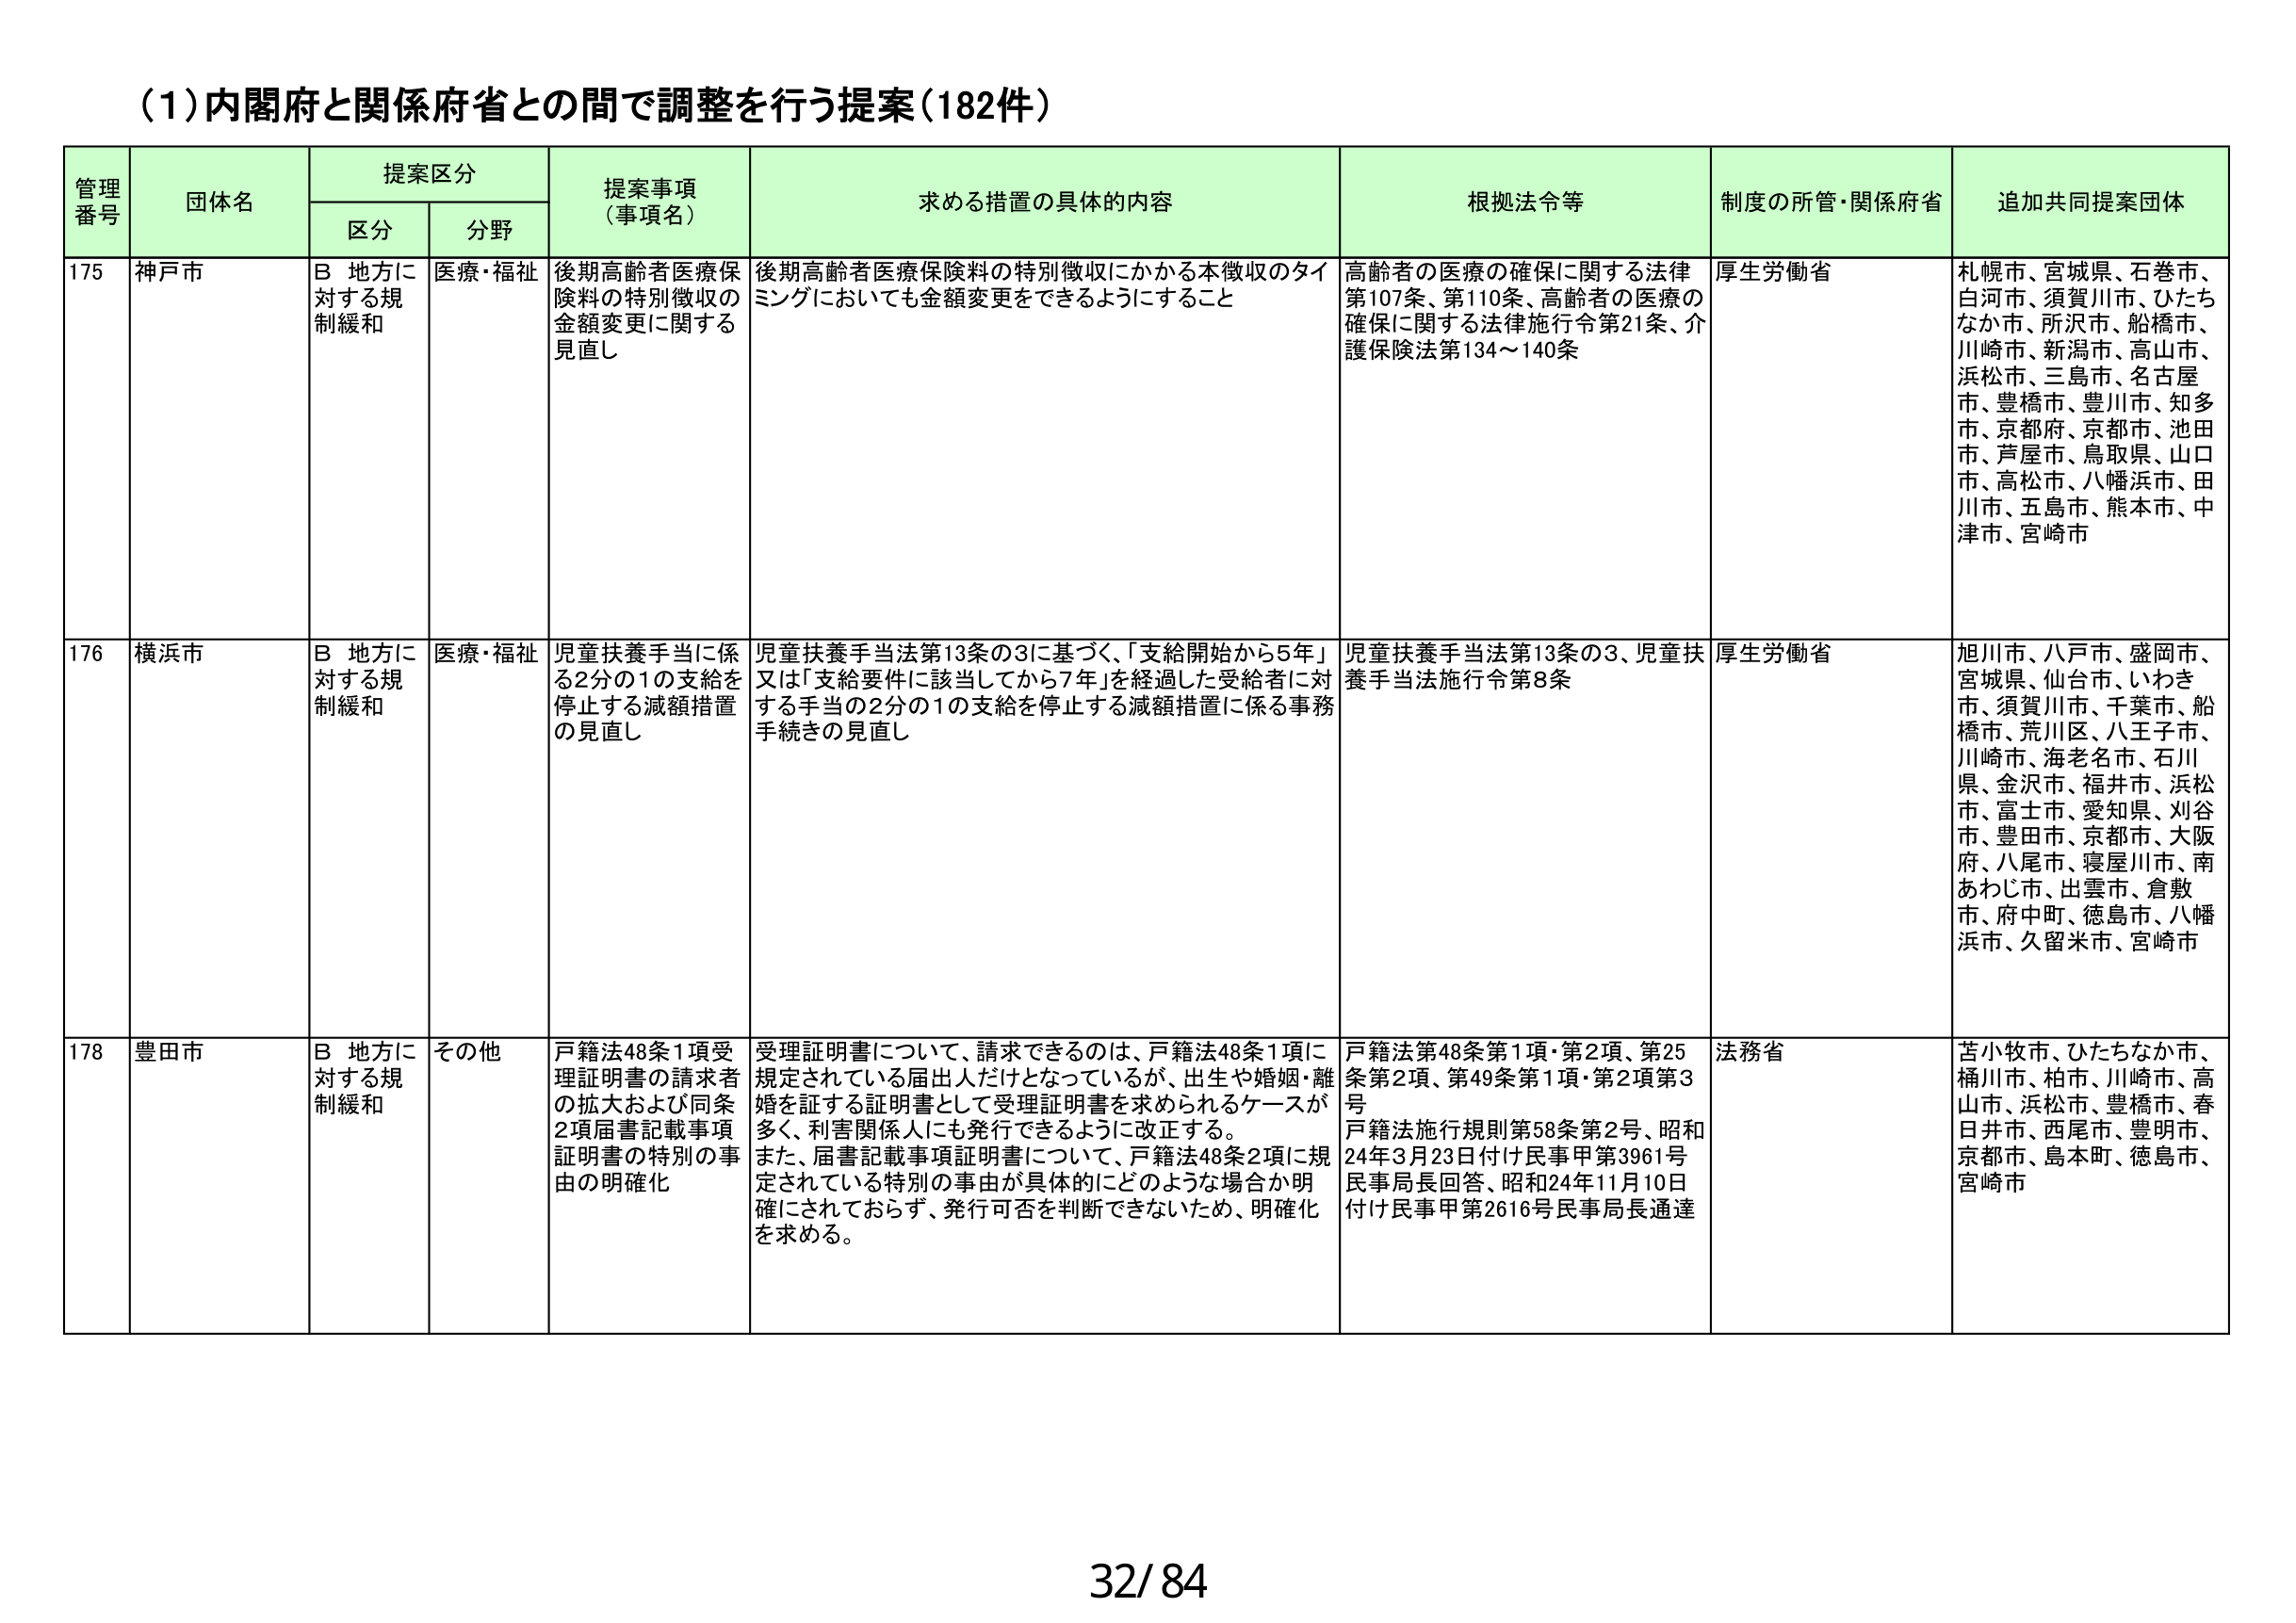
(1)内閣府と関係府省との間で調整を行う提案(182件)

管理番号 団体名 提案区分 提案事項（事項名） 求める措置の具体的内容 根拠法令等 制度の所管・関係府省 追加共同提案団体
区分 分野

175 神戸市 B 地方に対する規制緩和 医療・福祉 後期高齢者医療保険料の特別徴収の金額変更に関する見直し 後期高齢者医療保険料の特別徴収にかかる本徴収のタイミングにおいても金額変更をできるようにすること 高齢者の医療の確保に関する法律第107条、第110条、高齢者の医療の確保に関する法律施行令第21条、介護保険法第134～140条 厚生労働省 札幌市、宮城県、石巻市、白河市、須賀川市、ひたちなか市、所沢市、船橋市、川崎市、新潟市、高山市、浜松市、三島市、名古屋市、豊橋市、豊川市、知多市、京都府、京都市、池田市、芦屋市、鳥取県、山口市、高松市、八幡浜市、田川市、五島市、熊本市、中津市、宮崎市

176 横浜市 B 地方に対する規制緩和 医療・福祉 児童扶養手当に係る2分の1の支給を停止する減額措置の見直し 児童扶養手当法第13条の3に基づく、「支給開始から5年」又は「支給要件に該当してから7年」を経過した受給者に対する手当の2分の1の支給を停止する減額措置に係る事務手続きの見直し 児童扶養手当法第13条の3、児童扶養手当法施行令第8条 厚生労働省 旭川市、八戸市、盛岡市、宮城県、仙台市、いわき市、須賀川市、千葉市、船橋市、荒川区、八王子市、川崎市、海老名市、石川県、金沢市、福井市、浜松市、富士市、愛知県、刈谷市、豊田市、京都市、大阪府、八尾市、寝屋川市、南あわじ市、出雲市、倉敷市、府中町、徳島市、八幡浜市、久留米市、宮崎市

178 豊田市 B 地方に対する規制緩和 その他 戸籍法48条1項受理証明書の請求者の拡大および同条2項届書記載事項証明書の特別の事由の明確化 受理証明書について、請求できるのは、戸籍法48条1項に規定されている届出人だけとなっているが、出生や婚姻・離婚を証する証明書として受理証明書を求められるケースが多く、利害関係人にも発行できるように改正する。また、届書記載事項証明書について、戸籍法48条2項に規定されている特別の事由が具体的にどのような場合か明確にされておらず、発行可否を判断できないため、明確化を求める。 戸籍法第48条第1項・第2項、第25条第2項、第49条第1項・第2項第3号 戸籍法施行規則第58条第2号、昭和24年3月23日付け民事甲第3961号民事局長回答、昭和24年11月10日付け民事甲第2616号民事局長通達 法務省 苦小牧市、ひたちなか市、桶川市、柏市、川崎市、高山市、浜松市、豊橋市、春日井市、西尾市、豊明市、京都市、島本町、徳島市、宮崎市

32/84